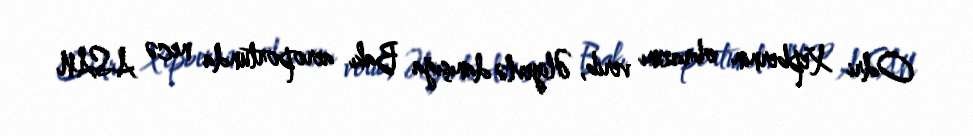
Odri Xepbernin obrazını verib, Əliyevlə danışığa Bakı aeroportunda necə ASAN